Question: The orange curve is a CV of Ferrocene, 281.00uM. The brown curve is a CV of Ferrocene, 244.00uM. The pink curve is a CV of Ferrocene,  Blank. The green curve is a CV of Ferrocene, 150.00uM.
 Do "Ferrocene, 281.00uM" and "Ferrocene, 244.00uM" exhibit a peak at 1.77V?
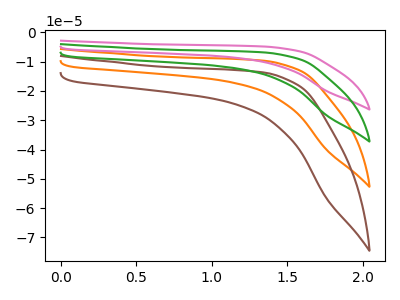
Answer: <think>The orange curve "Ferrocene, 281.00uM" has no peaks. The brown curve "Ferrocene, 244.00uM" has no peaks. The pink curve "Ferrocene,  Blank" has no peaks. The green curve "Ferrocene, 150.00uM" has no peaks.</think>
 <answer>No, "Ferrocene, 281.00uM" and "Ferrocene, 244.00uM" dont share a peak at 1.77V.</answer>
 <eval>mismatch</eval>